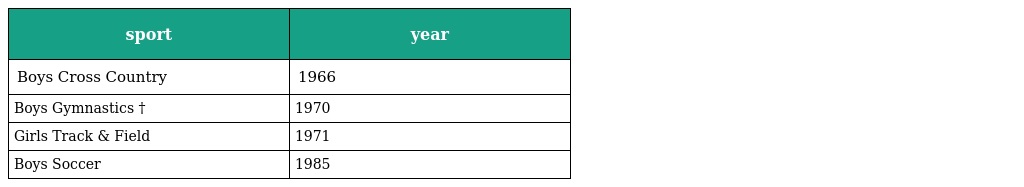
| sport | year |
 | --- | --- |
 | Boys Cross Country | 1966 |
 | Boys Gymnastics † | 1970 |
 | Girls Track & Field | 1971 |
 | Boys Soccer | 1985 |